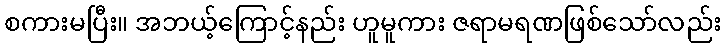
စကားမပြီး။ အဘယ့်ကြောင့်နည်း ဟူမူကား ဇရာမရဏဖြစ်သော်လည်း